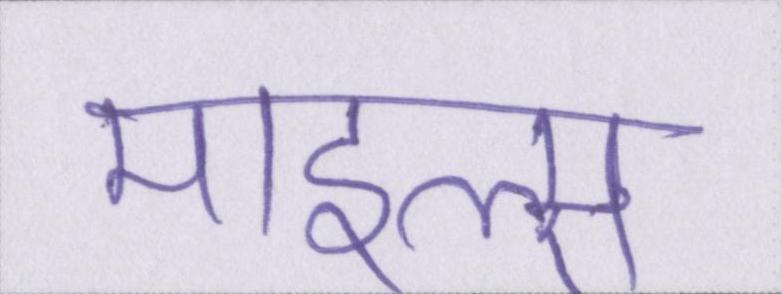
माइल्स